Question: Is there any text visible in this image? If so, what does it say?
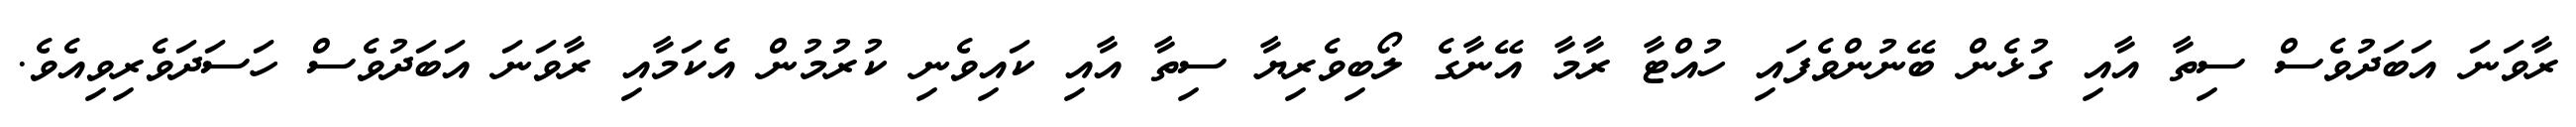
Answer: ރާވަނަ އަބަދުވެސް ސިތާ އާއި ގުޅެން ބޭނުންވެފައި ހުއްޓާ ރާމާ އޭނާގެ ލޯބިވެރިޔާ ސިތާ އާއި ކައިވެނި ކުރުމުން އެކަމާއި ރާވަނަ އަބަދުވެސް ހަސަދަވެރިވިއެވެ.